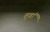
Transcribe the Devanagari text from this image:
तुवां